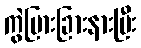
ကွဲပြားခြားနားပြီး